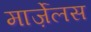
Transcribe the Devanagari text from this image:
मार्ज़ेलस